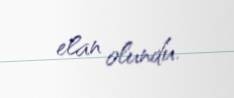
elan olundu.